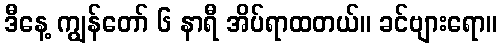
ဒီနေ့ ကျွန်တော် ၆ နာရီ အိပ်ရာထတယ်။ ခင်ဗျားရော။